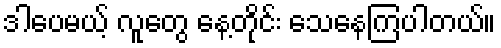
ဒါပေမယ့် လူတွေ နေ့တိုင်း သေနေကြပါတယ်။